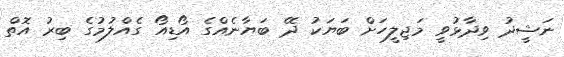
ނަޝީދު ވިދާޅުވީ މަޖިލީހަށް ބަޔަކު ދޭ ބަޔާނެއްގެ އޯޑިއޯ ގެއްލުމުގެ ބިރު އޮތް